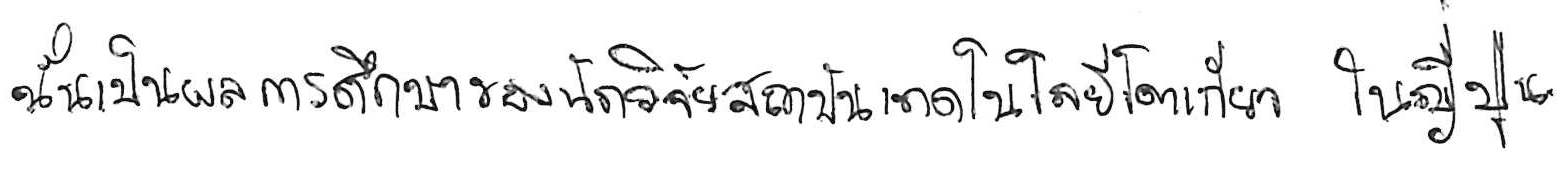
นั่นเป็นผลการศึกษาของนักวิจัยสถาบันเทคโนโลยีโตเกียว ในญี่ปุ่น